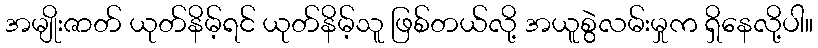
အမျိုးဇာတ် ယုတ်နိမ့်ရင် ယုတ်နိမ့်သူ ဖြစ်တယ်လို့ အယူစွဲလမ်းမှုက ရှိနေလို့ပါ။